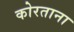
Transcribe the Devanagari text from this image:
कोरताना